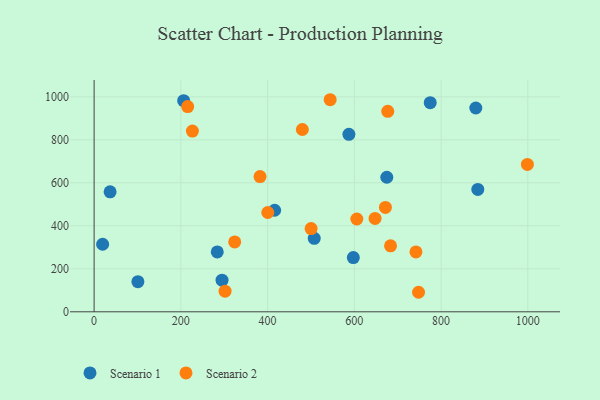
{"axis": {"x": "Investment", "y": "Yield"}, "legend": ["Scenario 1", "Scenario 2"], "data": [{"x": "507.5", "y": 342.0, "type": "Scenario 1"}, {"x": "674.8", "y": 626.1, "type": "Scenario 1"}, {"x": "774.9", "y": 973.2, "type": "Scenario 1"}, {"x": "206.4", "y": 982.1, "type": "Scenario 1"}, {"x": "100.9", "y": 140.0, "type": "Scenario 1"}, {"x": "597.6", "y": 252.3, "type": "Scenario 1"}, {"x": "36.8", "y": 558.3, "type": "Scenario 1"}, {"x": "880.0", "y": 948.1, "type": "Scenario 1"}, {"x": "587.4", "y": 825.7, "type": "Scenario 1"}, {"x": "283.9", "y": 278.6, "type": "Scenario 1"}, {"x": "884.6", "y": 569.5, "type": "Scenario 1"}, {"x": "416.2", "y": 472.4, "type": "Scenario 1"}, {"x": "19.6", "y": 314.4, "type": "Scenario 1"}, {"x": "294.9", "y": 147.0, "type": "Scenario 1"}, {"x": "748.0", "y": 90.9, "type": "Scenario 2"}, {"x": "677.0", "y": 932.8, "type": "Scenario 2"}, {"x": "742.0", "y": 278.7, "type": "Scenario 2"}, {"x": "998.9", "y": 685.6, "type": "Scenario 2"}, {"x": "683.4", "y": 307.1, "type": "Scenario 2"}, {"x": "400.4", "y": 462.1, "type": "Scenario 2"}, {"x": "480.1", "y": 848.2, "type": "Scenario 2"}, {"x": "647.7", "y": 434.5, "type": "Scenario 2"}, {"x": "301.9", "y": 96.2, "type": "Scenario 2"}, {"x": "500.3", "y": 387.1, "type": "Scenario 2"}, {"x": "605.7", "y": 431.7, "type": "Scenario 2"}, {"x": "324.1", "y": 325.3, "type": "Scenario 2"}, {"x": "382.5", "y": 629.1, "type": "Scenario 2"}, {"x": "671.6", "y": 485.6, "type": "Scenario 2"}, {"x": "215.7", "y": 954.6, "type": "Scenario 2"}, {"x": "544.2", "y": 986.7, "type": "Scenario 2"}, {"x": "226.6", "y": 840.7, "type": "Scenario 2"}]}